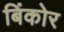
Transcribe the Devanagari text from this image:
बिंकोर